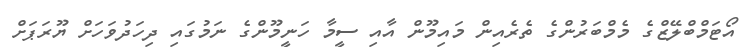
އޯޓަމްބްލޭޒްގެ މެމްބަރުންގެ ތެރެއިން މައިމޫން އާއި ސީމާ ހަނީމޫންގެ ނަމުގައި ދިހަދުވަހަށް ޔޫރަޕަށް